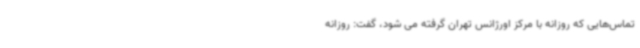
تماس‌هایی که روزانه با مرکز اورژانس تهران گرفته می شود، گفت: روزانه